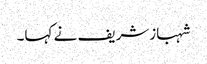
شہبازشریف نے کہا۔